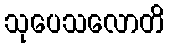
သုပေသလောတိ